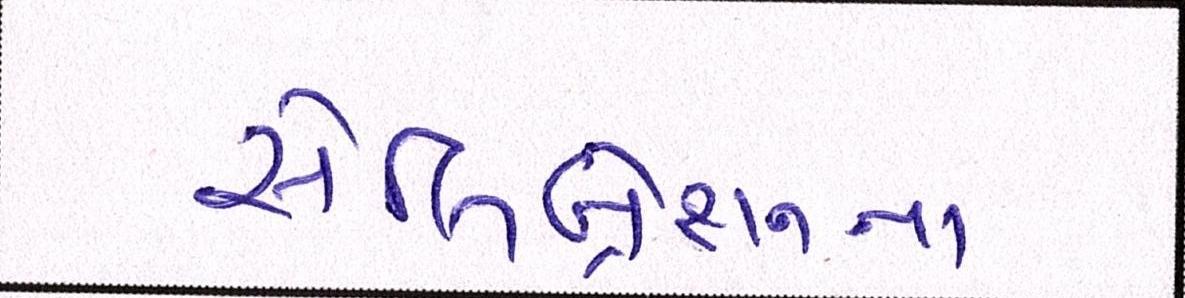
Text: સેલિબ્રેશનના